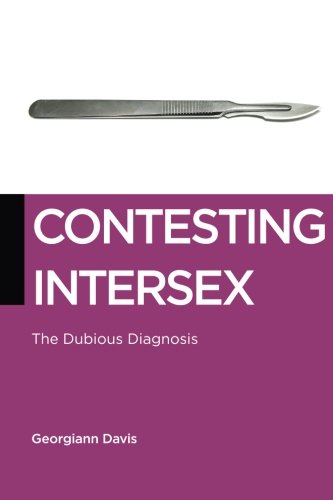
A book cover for Contesting Intersex: The Dubious Diagnosis (Biopolitics); Georgiann Davis; Politics & Social Sciences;